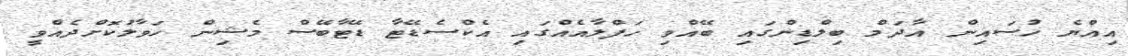
އިއްޔެ ހުސައިން އާދަމް ބިލްޑިންގައި ބޭއްވި ހަފްލާއެއްގައި އެކްސެޑޭޓާ ޑޭޓާބޭސް މެޝިން ހަވާލުކޮށްދެއްވީ